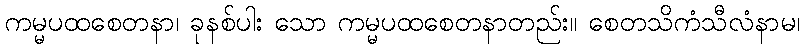
ကမ္မပထစေတနာ၊ ခုနစ်ပါး သော ကမ္မပထစေတနာတည်း။ စေတသိကံသီလံနာမ၊